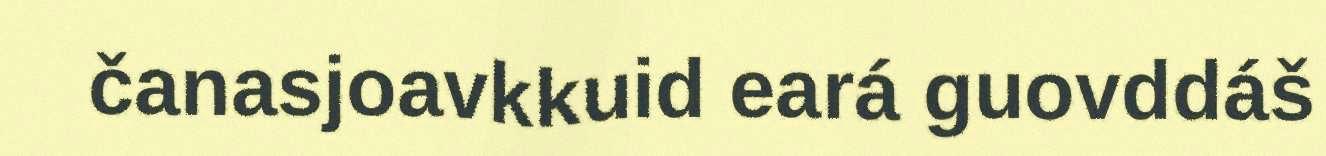
čanasjoavkkuid eará guovddáš